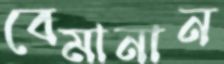
বেমানান